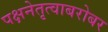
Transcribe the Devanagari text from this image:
पक्षनेतृत्वाबरोबर